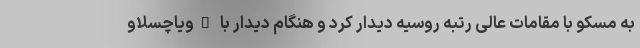
به مسکو با مقامات عالی رتبه روسیه دیدار کرد و هنگام دیدار با "ویاچسلاو